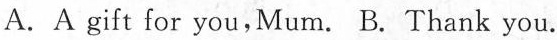
A.A gift for you,Mum. B. Thank you.